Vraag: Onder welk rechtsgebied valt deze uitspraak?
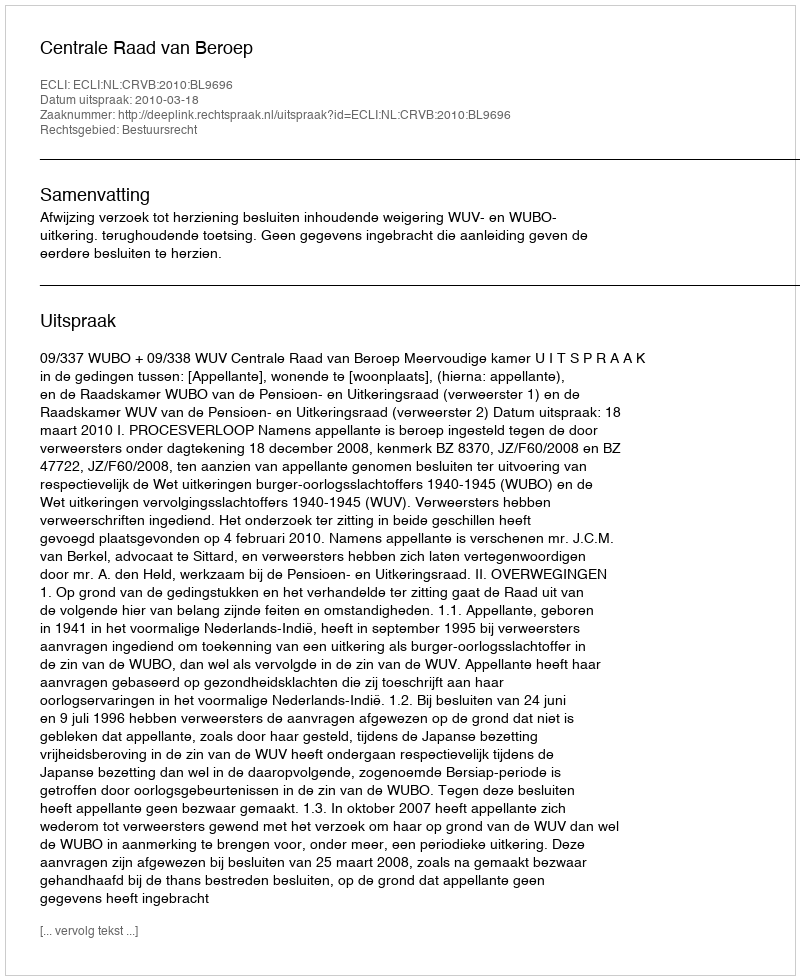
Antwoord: Bestuursrecht